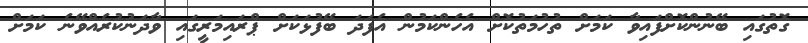
ގޮތުގައި ބޭނުންކޮށްފައިވާ ކަމަށް ތުހުމަތުކޮށް އެހެންކަމުން އެފަދަ ބޭފުޅަކަށް ޕްރައިމަރީގައި ވާދަނުކުރެއްވޭނެ ކަމަށް